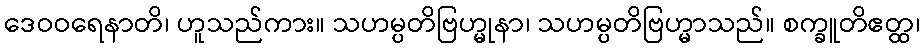
ဒေဝဝရေနာတိ၊ ဟူသည်ကား။ သဟမ္ပတိဗြဟ္မုနာ၊ သဟမ္ပတိဗြဟ္မာသည်။ စက္ခူတိဧတ္ထ၊